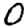
Digit: 0